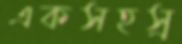
একসহস্র